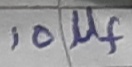
Text: 10µf